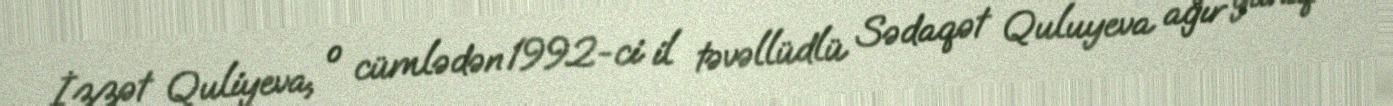
İzzət Quliyeva, o cümlədən 1992-ci il təvəllüdlü Sədaqət Quluyeva ağır yanıq